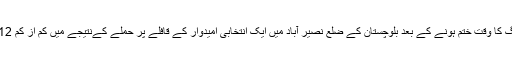
ہفتے کی شام پولنگ کا وقت ختم ہونے کے بعد بلوچستان کے ضلع نصیر آباد میں ایک انتخابی امیدوار کے قافلے پر حملے کےنتیجے میں کم از کم 12 افراد ہلاک ہوئے۔